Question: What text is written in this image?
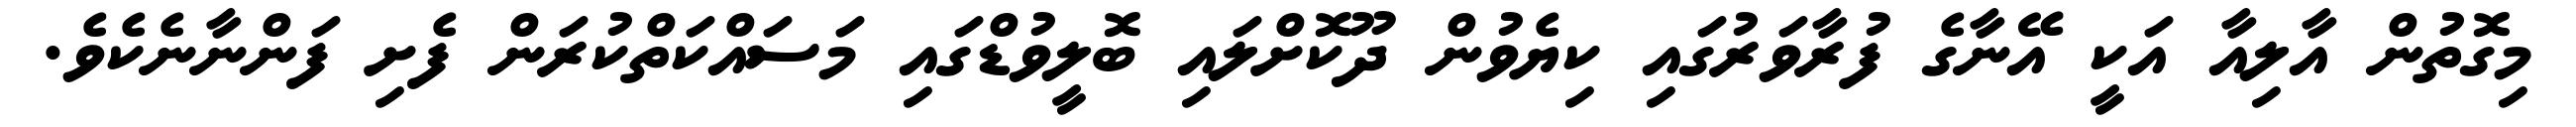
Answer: މިގޮތުން އާލިއާ އަކީ އޭނާގެ ފުރާވަރުގައި ކިޔެވުން ދޫކޮށްލައި ބޮލީވުޑްގައި މަސައްކަތްކުރަން ފެށި ފަންނާނެކެވެ.